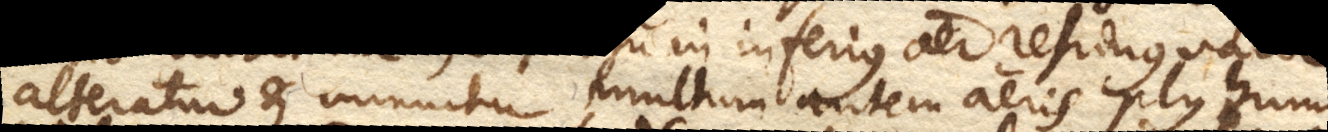
alteratur et minuitur, multum autem aeris plus humi–